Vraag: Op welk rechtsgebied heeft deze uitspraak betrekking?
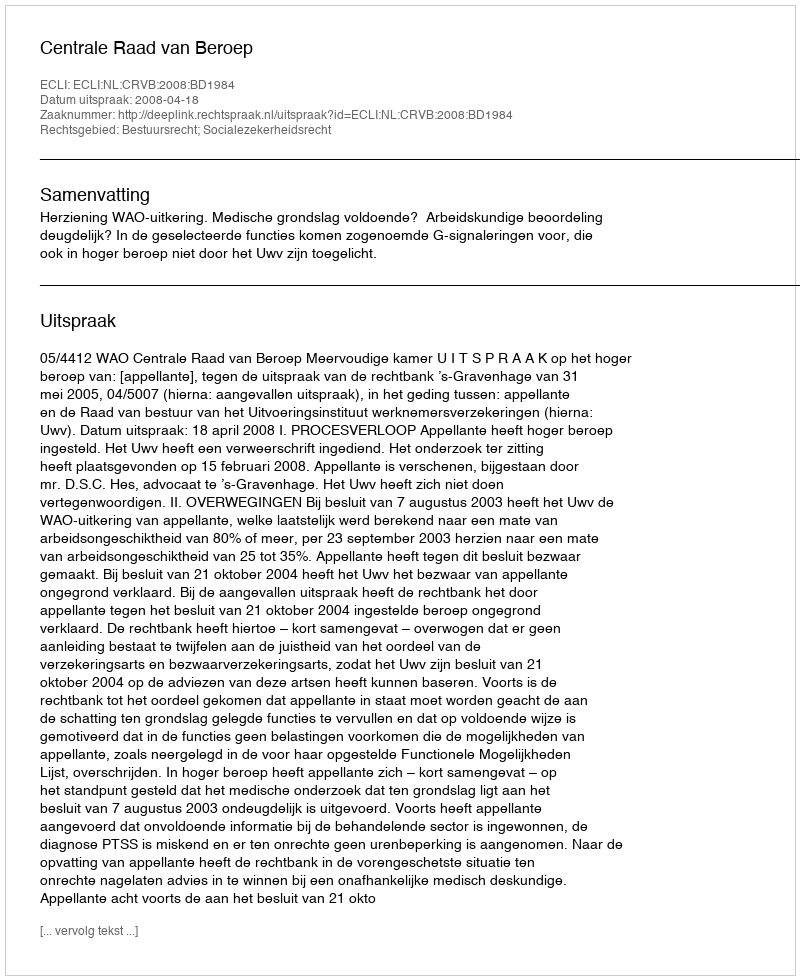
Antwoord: Bestuursrecht; Socialezekerheidsrecht